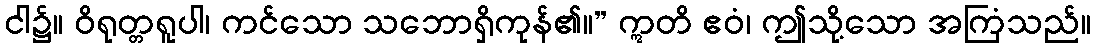
ငါ၌။ ဝိရုတ္တရူပါ၊ ကင်သော သဘောရှိကုန်၏။” ဣတိ ဧဝံ၊ ဤသို့သော အကြံသည်။